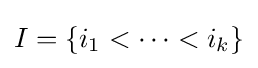
I=\{i_{1}<\cdots <i_{k}\}